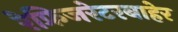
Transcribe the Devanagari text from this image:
रेफ्रिजरेटरबाहेर